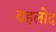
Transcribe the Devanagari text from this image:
बहलोद